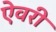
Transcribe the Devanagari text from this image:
ऐवरी